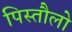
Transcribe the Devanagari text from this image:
पिस्तौलो